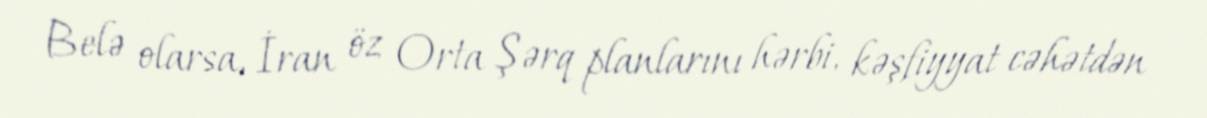
Belə olarsa, İran öz Orta Şərq planlarını hərbi, kəşfiyyat cəhətdən